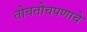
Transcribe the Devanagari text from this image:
तोचतोचपणाचे